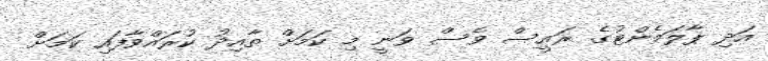
އަދި ޕާލަމެންޓުގެ ރައީސް ވެސް ވަނީ މި ކަމަށް ތާއިދު ކުރައްވާފައި ކަމަށް